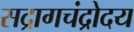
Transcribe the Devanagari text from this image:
सद्रागचंद्रोदय